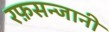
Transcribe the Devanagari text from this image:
रफ़सन्जानी